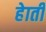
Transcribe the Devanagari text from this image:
हेाती